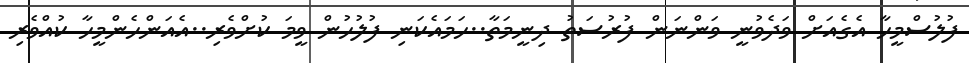
ފުލުސްމީހާ އެގެއަށް ވަދެވުނީ ވަންނަން ފުރުސަތު ދިނީމަތާ..ހަމައެކަނި ފުލުހުން ވީމަ ކުށްވެރި..އެއަންހެންމީހާ ކުއްވެރި